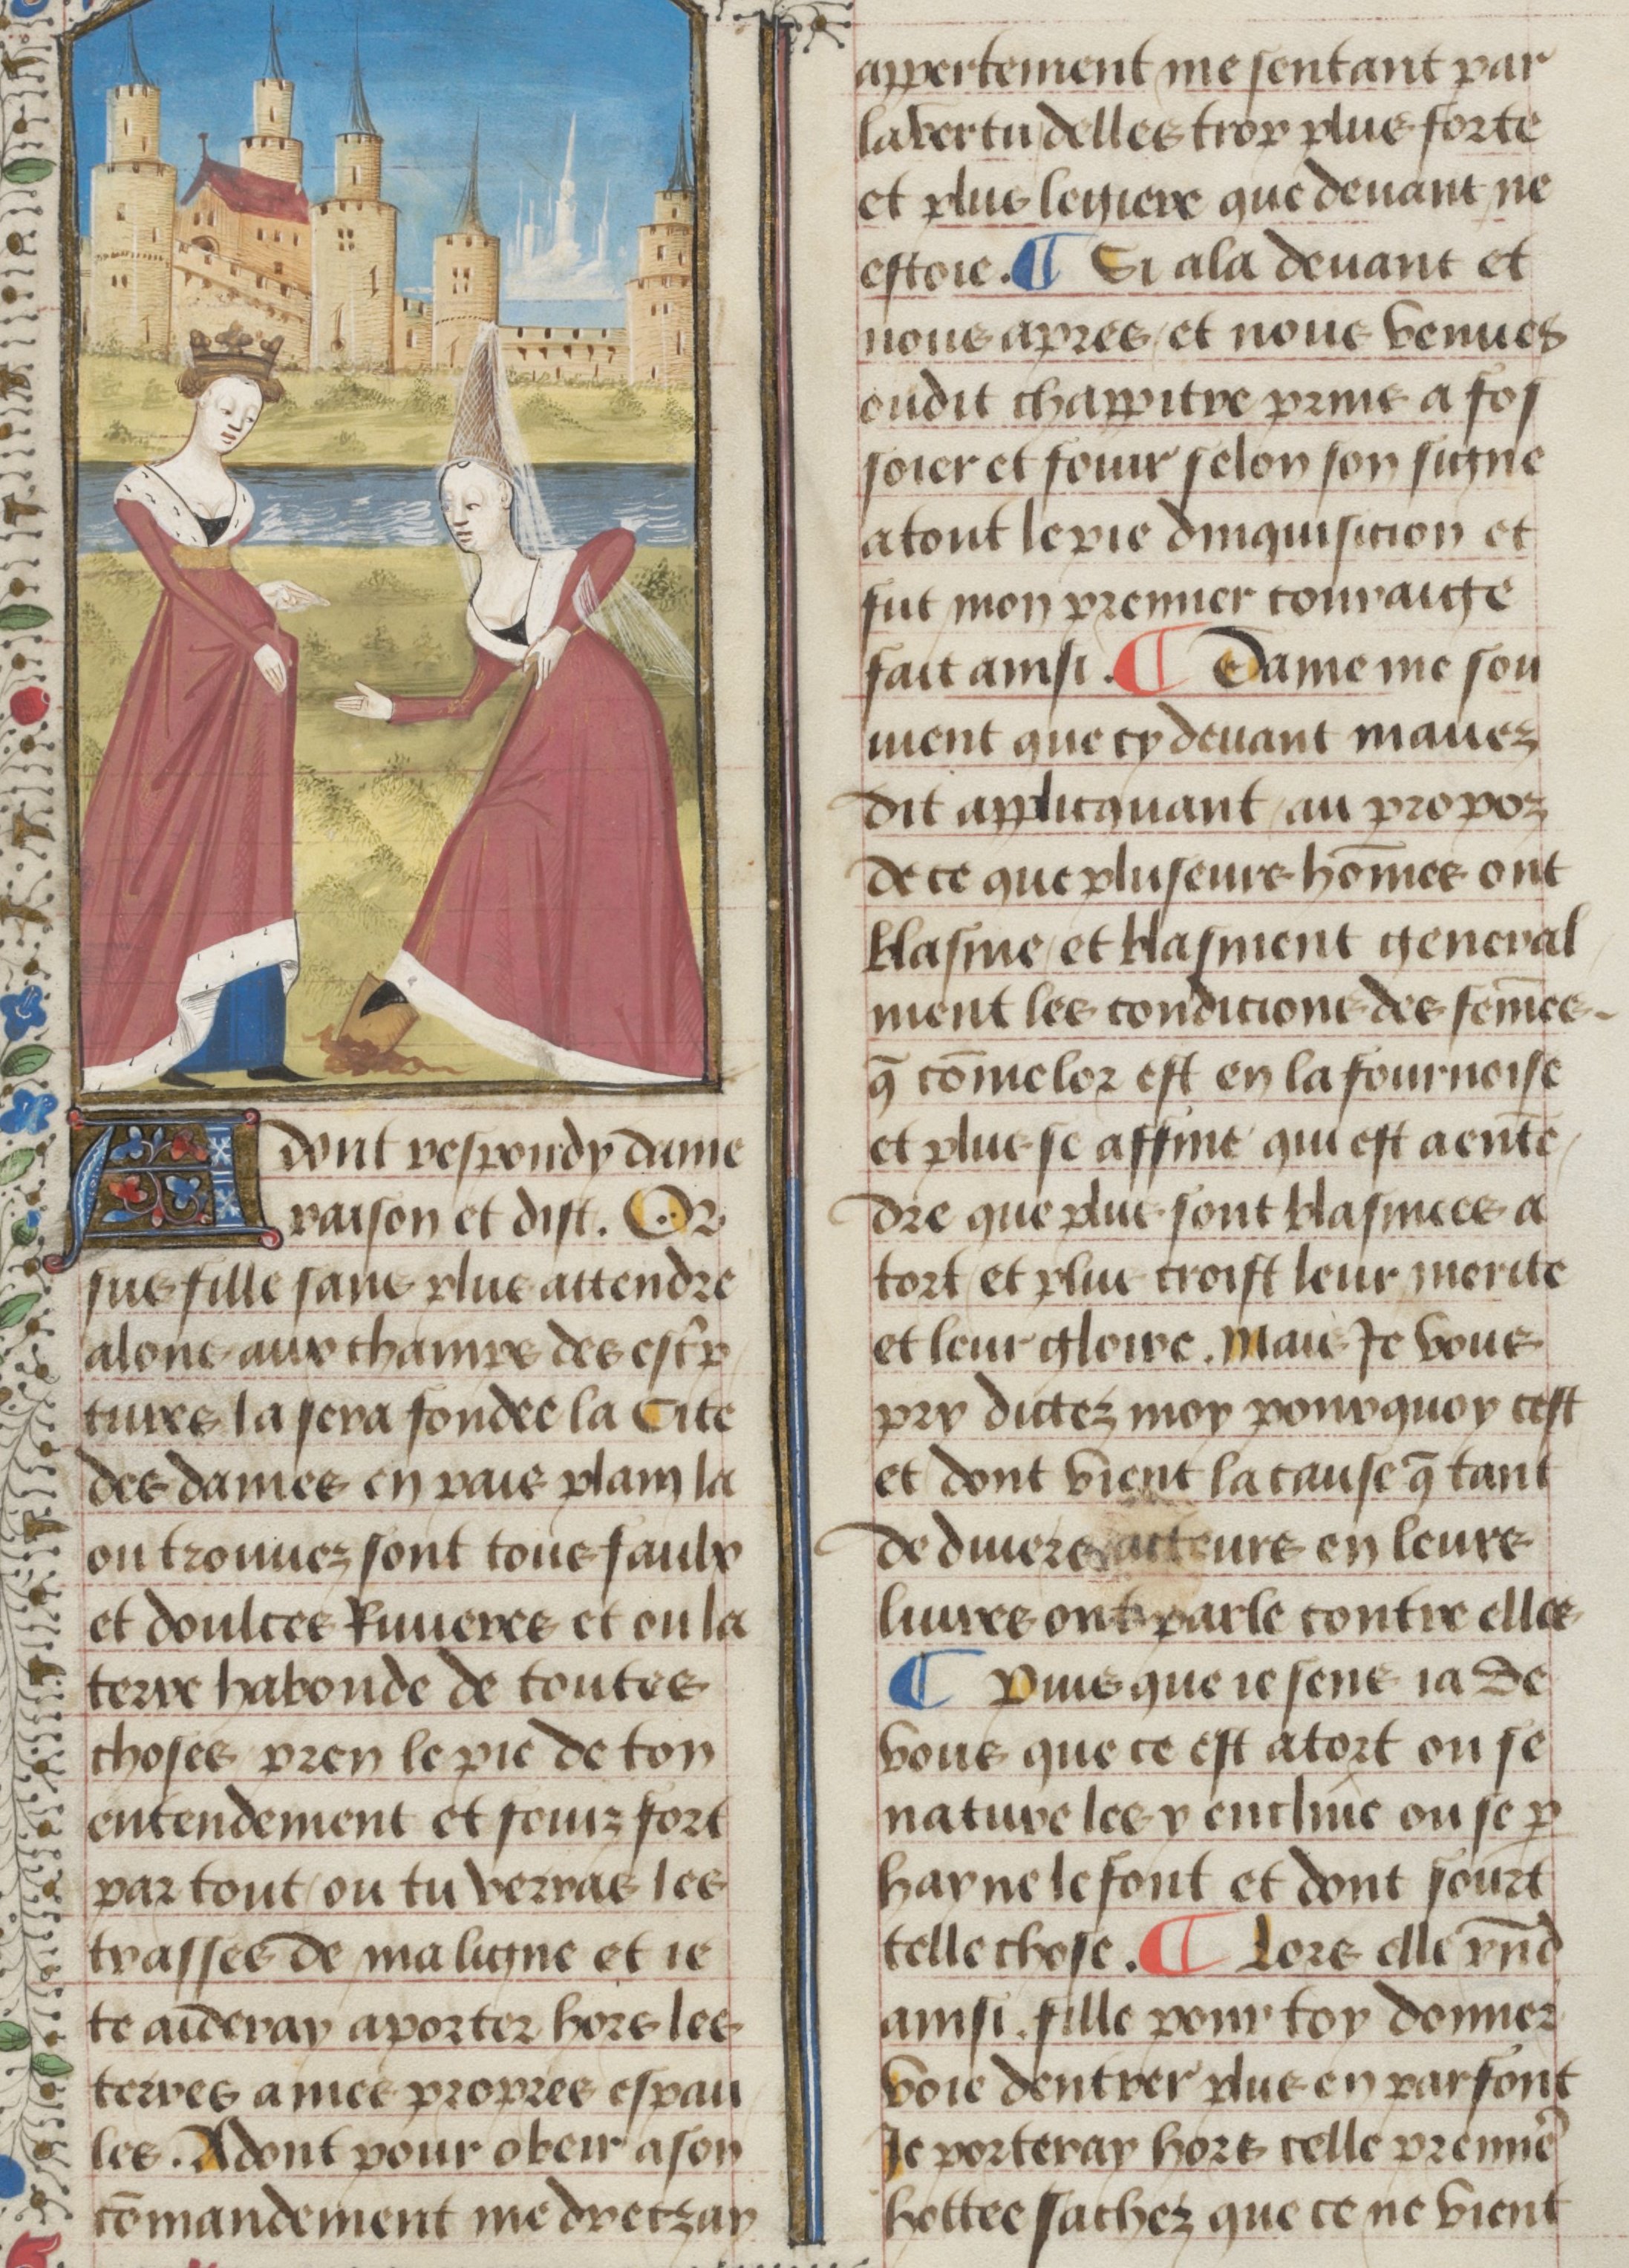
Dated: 1450–1499